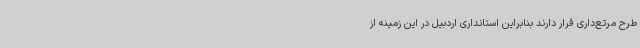
طرح مرتع‌داری قرار دارند بنابراین استانداری اردبیل در این زمینه از